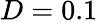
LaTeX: D=0.1